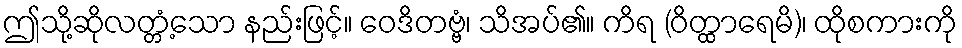
ဤသို့ဆိုလတ္တံ့သော နည်းဖြင့်။ ဝေဒိတဗ္ဗံ၊ သိအပ်၏။ ကိရ (ဝိတ္ထာရေမိ)၊ ထိုစကားကို